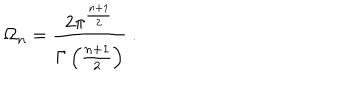
\Omega _ { n } = \frac { 2 \pi ^ { \frac { n + 1 } { 2 } } } { \Gamma \left( \frac { n + 1 } { 2 } \right) } \ .